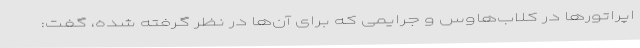
اپراتورها در کلاب‌هاوس و جرایمی که برای آن‌ها در نظر گرفته شده، گفت: